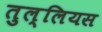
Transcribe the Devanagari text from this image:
तुल्लियस